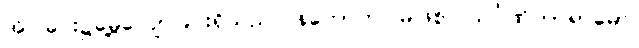
အိပ်ခြင်း၌မွေ့လျော်ခြင်းရှိသည်။ နဟောတိ၊ မဖြစ်။ သင်္ဂဏိကာရာမော၊